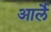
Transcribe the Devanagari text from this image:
आर्ले